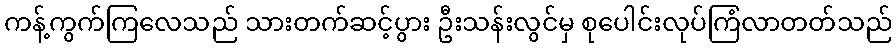
ကန့်ကွက်ကြလေသည် သားတက်ဆင့်ပွား ဦးသန်းလွင်မှ စုပေါင်းလုပ်ကြံလာတတ်သည်